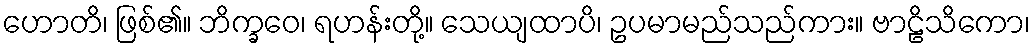
ဟောတိ၊ ဖြစ်၏။ ဘိက္ခဝေ၊ ရဟန်းတို့။ သေယျထာပိ၊ ဥပမာမည်သည်ကား။ ဗာဠိသိကော၊